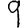
Digit: 9